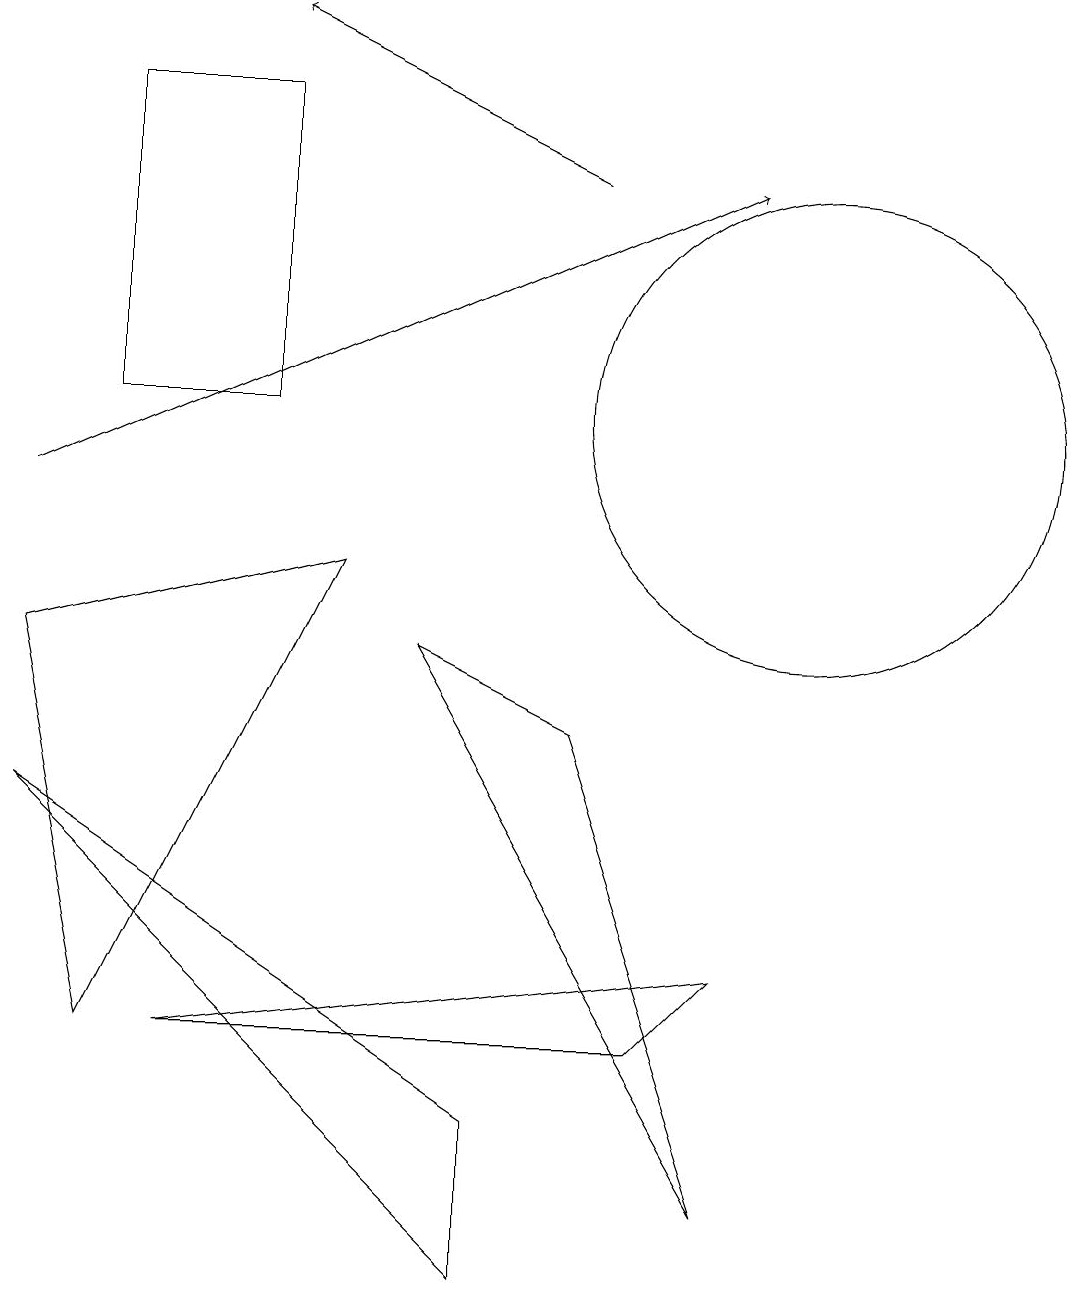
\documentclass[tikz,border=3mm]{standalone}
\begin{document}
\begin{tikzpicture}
\draw[->] (0,10) -- (9,14);
\draw (0,6) -- (6,0) -- (6,2) -- cycle;
\draw (10,11) circle (3);
\draw (9,4) -- (2,3) -- (8,3) -- cycle;
\draw (1,3) -- (0,8) -- (4,9) -- cycle;
\draw (3,15) rectangle (1,11);
\draw (5,8) -- (7,7) -- (9,1) -- cycle;
\draw[->] (7,14) -- (3,16);
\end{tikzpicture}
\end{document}